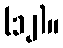
(၁၂)။